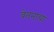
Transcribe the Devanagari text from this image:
वेतनाचा